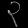
Digit: ၃